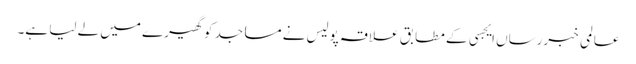
عالمی خبررساں ایجسی کے مطابق علاقہ پولیس نے مساجد کو گھیرے میں لے لیا ہے۔